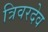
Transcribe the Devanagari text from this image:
त्रिवरदेव